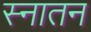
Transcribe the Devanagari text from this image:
स्नातन